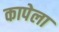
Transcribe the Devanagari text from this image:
कापेला